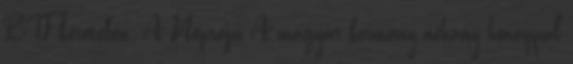
BTF keretében. A Néprajzi A magyar kormány néhány hónappal